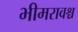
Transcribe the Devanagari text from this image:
भीमरावश्च